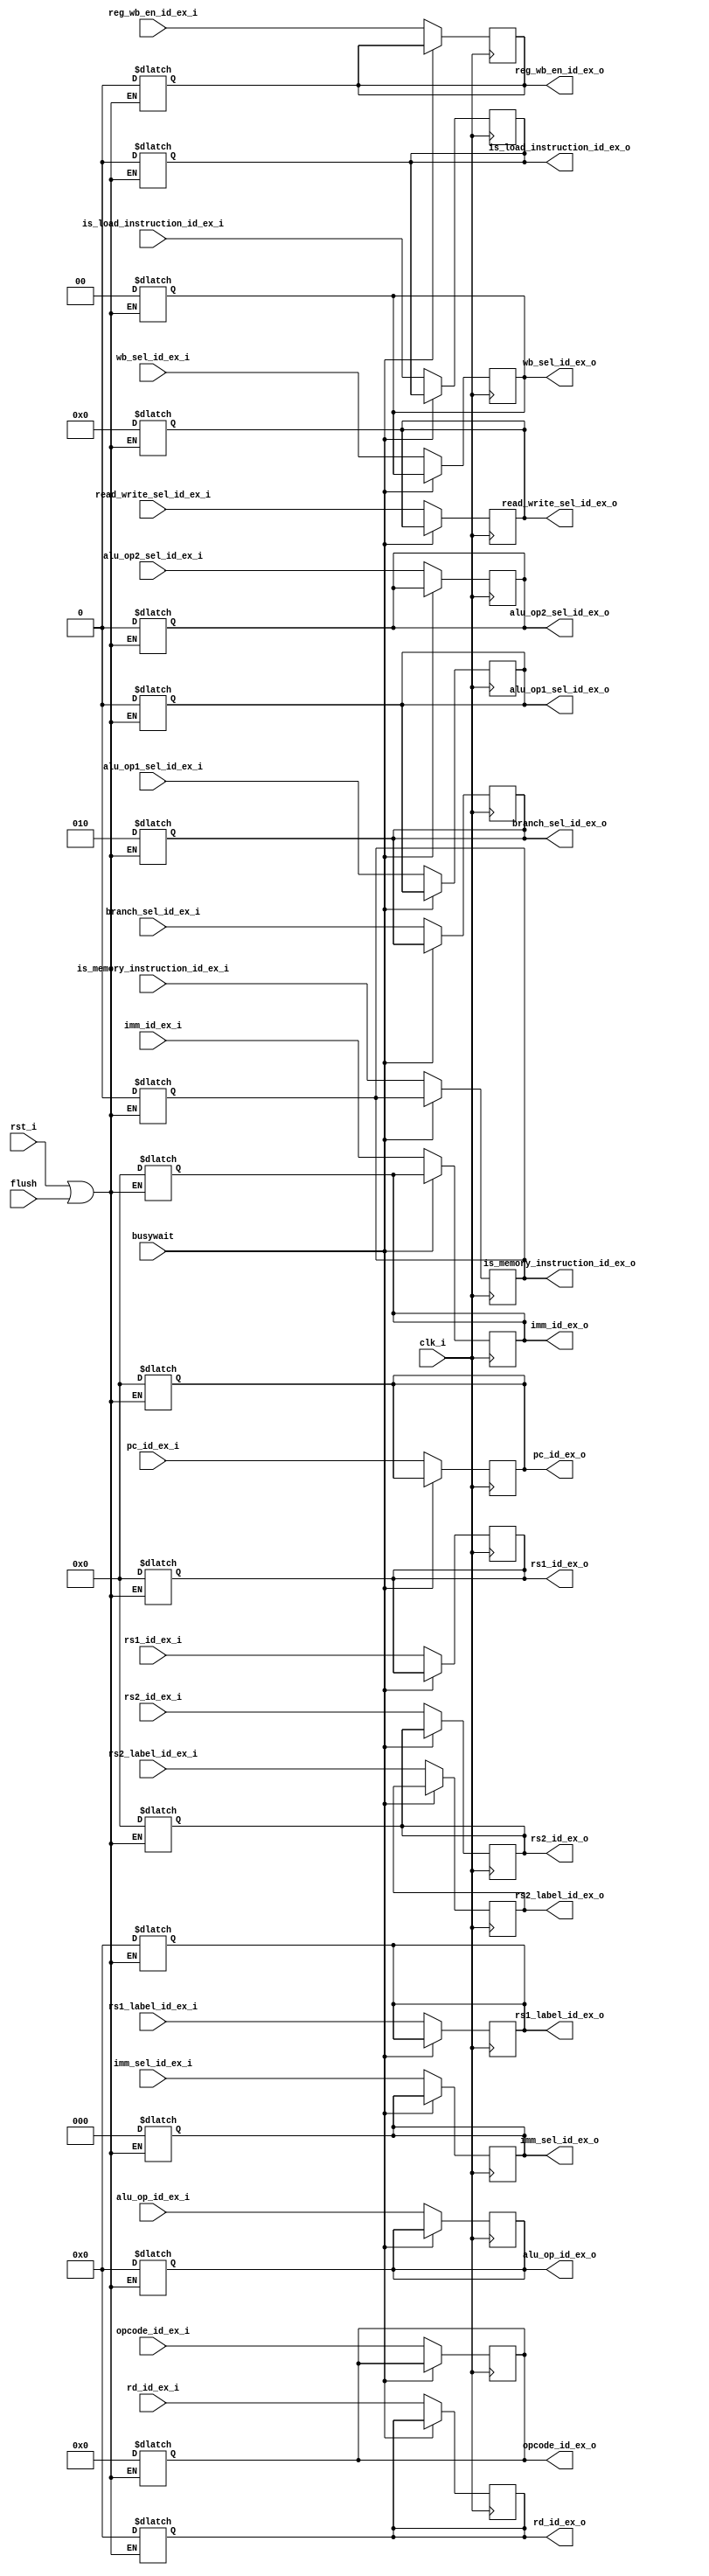
`timescale 1ns / 1ps

module id_ex_stage_reg(
    input clk_i,
    input rst_i,
    input busywait,
    input flush,
    
    input [31:0] pc_id_ex_i,
    input [31:0] rs1_id_ex_i,
    input [31:0] rs2_id_ex_i,
    input [31:0] imm_id_ex_i,
    input [2:0] imm_sel_id_ex_i,
    input alu_op1_sel_id_ex_i,
    input alu_op2_sel_id_ex_i,
    input [4:0] alu_op_id_ex_i,   
    input [2:0] branch_sel_id_ex_i,
    input [3:0] read_write_sel_id_ex_i,
    input [1:0] wb_sel_id_ex_i,
    input reg_wb_en_id_ex_i,
    input [4:0] rd_id_ex_i,
    input [4:0] rs1_label_id_ex_i,
    input [4:0] rs2_label_id_ex_i,
    input [6:0] opcode_id_ex_i,
    input is_memory_instruction_id_ex_i,
    input is_load_instruction_id_ex_i,

    output reg [31:0] pc_id_ex_o,
    output reg [31:0] rs1_id_ex_o,
    output reg [31:0] rs2_id_ex_o,  
    output reg [31:0] imm_id_ex_o,  
    output reg [2:0] imm_sel_id_ex_o,
    output reg alu_op1_sel_id_ex_o,
    output reg alu_op2_sel_id_ex_o,
    output reg [4:0] alu_op_id_ex_o,
    output reg [2:0] branch_sel_id_ex_o,
    output reg [3:0] read_write_sel_id_ex_o,
    output reg [1:0] wb_sel_id_ex_o,
    output reg reg_wb_en_id_ex_o,
    output reg [4:0] rd_id_ex_o,
    output reg [4:0] rs1_label_id_ex_o,
    output reg [4:0] rs2_label_id_ex_o,   
    output reg [6:0] opcode_id_ex_o,  
    output reg is_memory_instruction_id_ex_o,
    output reg is_load_instruction_id_ex_o
    );
    
    always @(*) begin
        if(rst_i || flush) begin
            #0.1;
            pc_id_ex_o <= 32'd0;
            rs1_id_ex_o <= 32'd0;
            rs2_id_ex_o <= 32'd0;
            imm_id_ex_o <= 32'd0;
            imm_sel_id_ex_o <= 3'd0;
            alu_op1_sel_id_ex_o <= 0;
            alu_op2_sel_id_ex_o <= 0;
            alu_op_id_ex_o <= 5'd0;
            branch_sel_id_ex_o <= 3'b010;
            read_write_sel_id_ex_o <= 4'd0;
            wb_sel_id_ex_o <= 2'd0;
            reg_wb_en_id_ex_o <= 0;
            rd_id_ex_o <= 5'd0;
            rs1_label_id_ex_o <= 5'd0;
            opcode_id_ex_o <= 7'd0;
            is_memory_instruction_id_ex_o  <= 1'b0;
            is_load_instruction_id_ex_o <= 1'b0;

        end
    
    end
    
    always @(posedge clk_i)begin
            #0;
              if(!busywait)begin
            pc_id_ex_o  <= pc_id_ex_i;
            rs1_id_ex_o <= rs1_id_ex_i;
            rs2_id_ex_o <= rs2_id_ex_i;
            imm_id_ex_o <= imm_id_ex_i; 
            imm_sel_id_ex_o <= imm_sel_id_ex_i;
            alu_op1_sel_id_ex_o <= alu_op1_sel_id_ex_i;
            alu_op2_sel_id_ex_o <= alu_op2_sel_id_ex_i;
            alu_op_id_ex_o <= alu_op_id_ex_i;
            branch_sel_id_ex_o <= branch_sel_id_ex_i;
            read_write_sel_id_ex_o <= read_write_sel_id_ex_i;
            wb_sel_id_ex_o <= wb_sel_id_ex_i;
            reg_wb_en_id_ex_o <= reg_wb_en_id_ex_i;  
            rd_id_ex_o <= rd_id_ex_i;
            rs1_label_id_ex_o <= rs1_label_id_ex_i;
            rs2_label_id_ex_o <= rs2_label_id_ex_i;
            opcode_id_ex_o <= opcode_id_ex_i;
            is_memory_instruction_id_ex_o <= is_memory_instruction_id_ex_i;
            is_load_instruction_id_ex_o <= is_load_instruction_id_ex_i;
            end
 
    end
endmodule